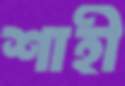
শাহী